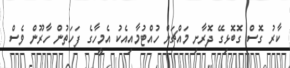
ކާރު ގޮސް ގޮބޮޅިގޭ ދޮރާށި މައްޗަށް ހުއްޓުމާއިއެކު އެމީހާގެ ފަހަތުން ހާރޫން ވެސް